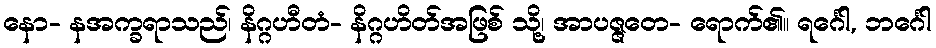
နော- နအက္ခရာသည်၊ နိဂ္ဂဟီတံ- နိဂ္ဂဟိတ်အဖြစ် သို့၊ အာပဇ္ဇတေ- ရောက်၏။ ရင်္ဂေါ, ဘင်္ဂေါ